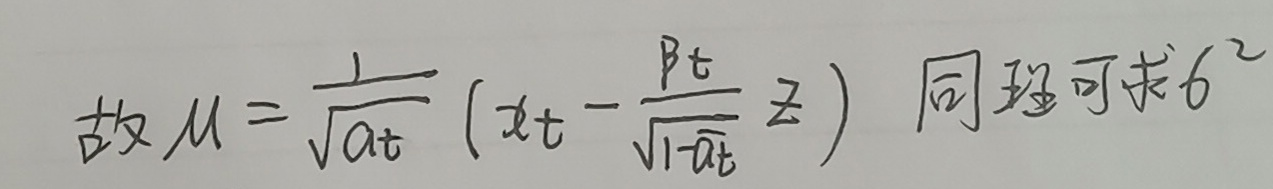
故$\mu = \frac{1}{\sqrt{\alpha t}} \left(x_t - \frac{\beta t}{\sqrt{1 - \alpha t}} z\right)$ 同理可求$\sigma^{2}$